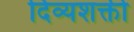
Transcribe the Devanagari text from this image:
दिव्यशक्ती